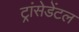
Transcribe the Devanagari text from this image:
ट्रांसेडेंटल